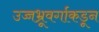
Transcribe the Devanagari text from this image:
उच्चभ्रूवर्गाकडून